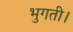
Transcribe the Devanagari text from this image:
भुगती।